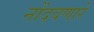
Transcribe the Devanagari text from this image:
नोंदवणारे